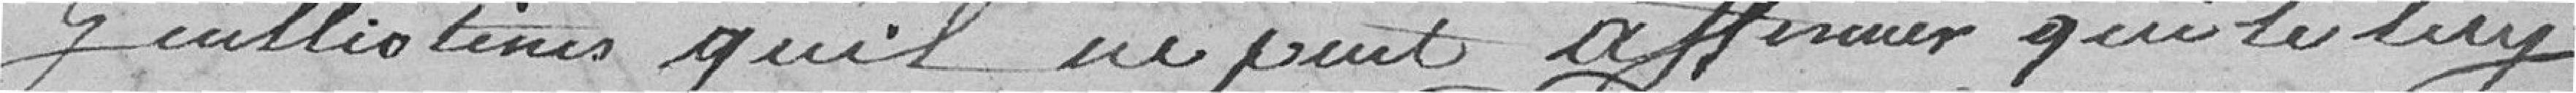
guillotinés qu'il ne peut assurer qui le luy